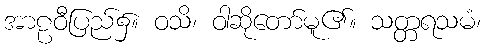
အာဠဝီပြည်၌။ ဝသိ၊ ဝါဆိုတော်မူ၏။ သတ္တရသမံ၊